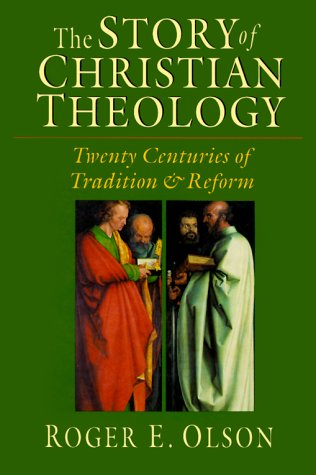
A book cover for The Story of Christian Theology: Twenty Centuries of Tradition  Reform; Roger E. Olson; Christian Books & Bibles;